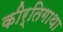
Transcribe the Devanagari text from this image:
कीर्तिगाथा